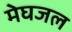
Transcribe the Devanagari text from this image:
मेघजल